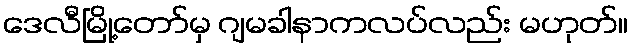
ဒေလီမြို့တော်မှ ဂျမခါနာကလပ်လည်း မဟုတ်။